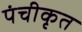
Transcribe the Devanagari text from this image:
पंचीकृत